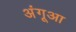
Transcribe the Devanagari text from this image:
अंगूआ